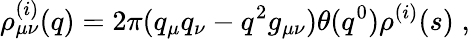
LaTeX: \rho_{\mu\nu}^{(i)}(q)=2\pi(q_{\mu}q_{\nu}-q^{2}g_{\mu\nu})\theta(q^{0})\rho^{(i)}(s)\; ,